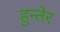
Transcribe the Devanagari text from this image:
हुन्तेर